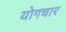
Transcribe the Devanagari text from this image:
योगचार